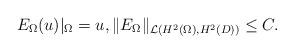
LaTeX: \begin{align*} E_\Omega(u)|_{\Omega}=u, \| E_\Omega\| _{\mathcal{L}(H^2(\Omega),H^2(D))}\leq C. \end{align*}